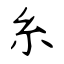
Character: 糸